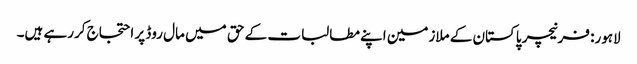
لاہور: فرنیچر پاکستان کے ملازمین اپنے مطالبات کے حق میں مال روڈ پر احتجاج کررہے ہیں۔